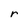
Character: r